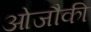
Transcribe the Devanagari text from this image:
ओजौकी